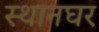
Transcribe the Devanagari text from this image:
स्थानघर